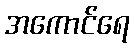
အကောင်ရေ